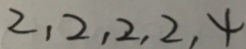
2 , 2 , 2 , 2 , 4